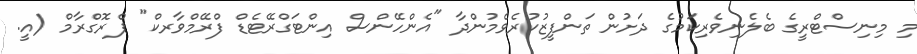
މި މިނިސްޓްރީގެ ބެލެނިވެރިކަމުގެ ދަށުން ތަންފީޒުކުރެވެމުންދާ "އެންހޭންސް އިންޓަގްރޭޓެޑް ފްރޭމްވާރކް" ޕްރޮގްރާމް (އީ.